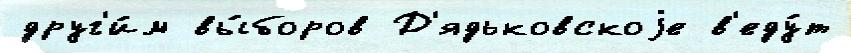
друг'и́м вы́боров Д'ядьковскоjе в'еду́т